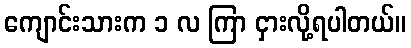
ကျောင်းသားက ၁ လ ကြာ ငှားလို့ရပါတယ်။